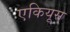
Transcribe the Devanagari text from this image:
एकियूस